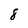
Character: 8